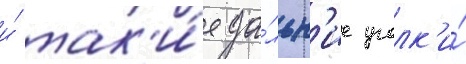
и́ так'и́е да́льн'ие уголк'и́